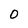
Character: O